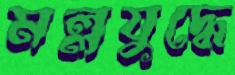
মল্লযুদ্ধে